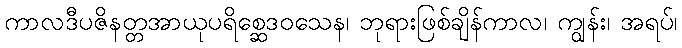
ကာလဒီပဇိနတ္တအာယုပရိစ္ဆေဒဝသေန၊ ဘုရားဖြစ်ချိန်ကာလ၊ ကျွန်း၊ အရပ်၊